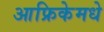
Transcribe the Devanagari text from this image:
आफ्रिकेमधे